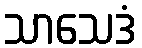
သာသေဒံ